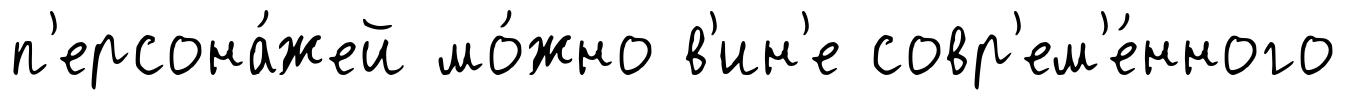
п'ерсона́жей мо́жно в'ин'е совр'ем'е́нного